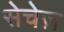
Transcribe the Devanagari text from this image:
सेचेज़